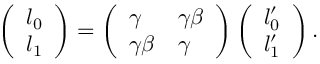
\left( \begin{array} { l } { { l _ { 0 } } } \\ { { l _ { 1 } } } \end{array} \right) = \left( \begin{array} { l l } { { \gamma } } & { { \gamma \beta } } \\ { { \gamma \beta } } & { { \gamma } } \end{array} \right) \left( \begin{array} { l } { { l _ { 0 } ^ { \prime } } } \\ { { l _ { 1 } ^ { \prime } } } \end{array} \right) .